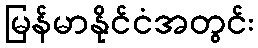
မြန်မာနိုင်ငံအတွင်း